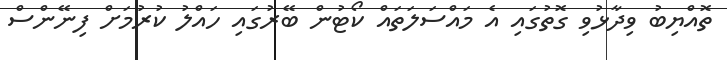
ތޮއްޔިބު ވިދާޅުވި ގޮތުގައި އެ މައްސަލަތައް ކޯޓުން ބޭރުގައި ހައްލު ކުރުމަށް ފިނޭންސް